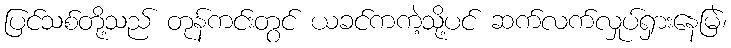
ပြင်သစ်တို့သည် တုန်ကင်းတွင် ယခင်ကကဲ့သို့ပင် ဆက်လက်လှုပ်ရှားနေမြဲ၊